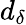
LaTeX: d_{\delta}